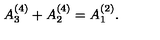
A _ { 3 } ^ { ( 4 ) } + A _ { 2 } ^ { ( 4 ) } = A _ { 1 } ^ { ( 2 ) } .